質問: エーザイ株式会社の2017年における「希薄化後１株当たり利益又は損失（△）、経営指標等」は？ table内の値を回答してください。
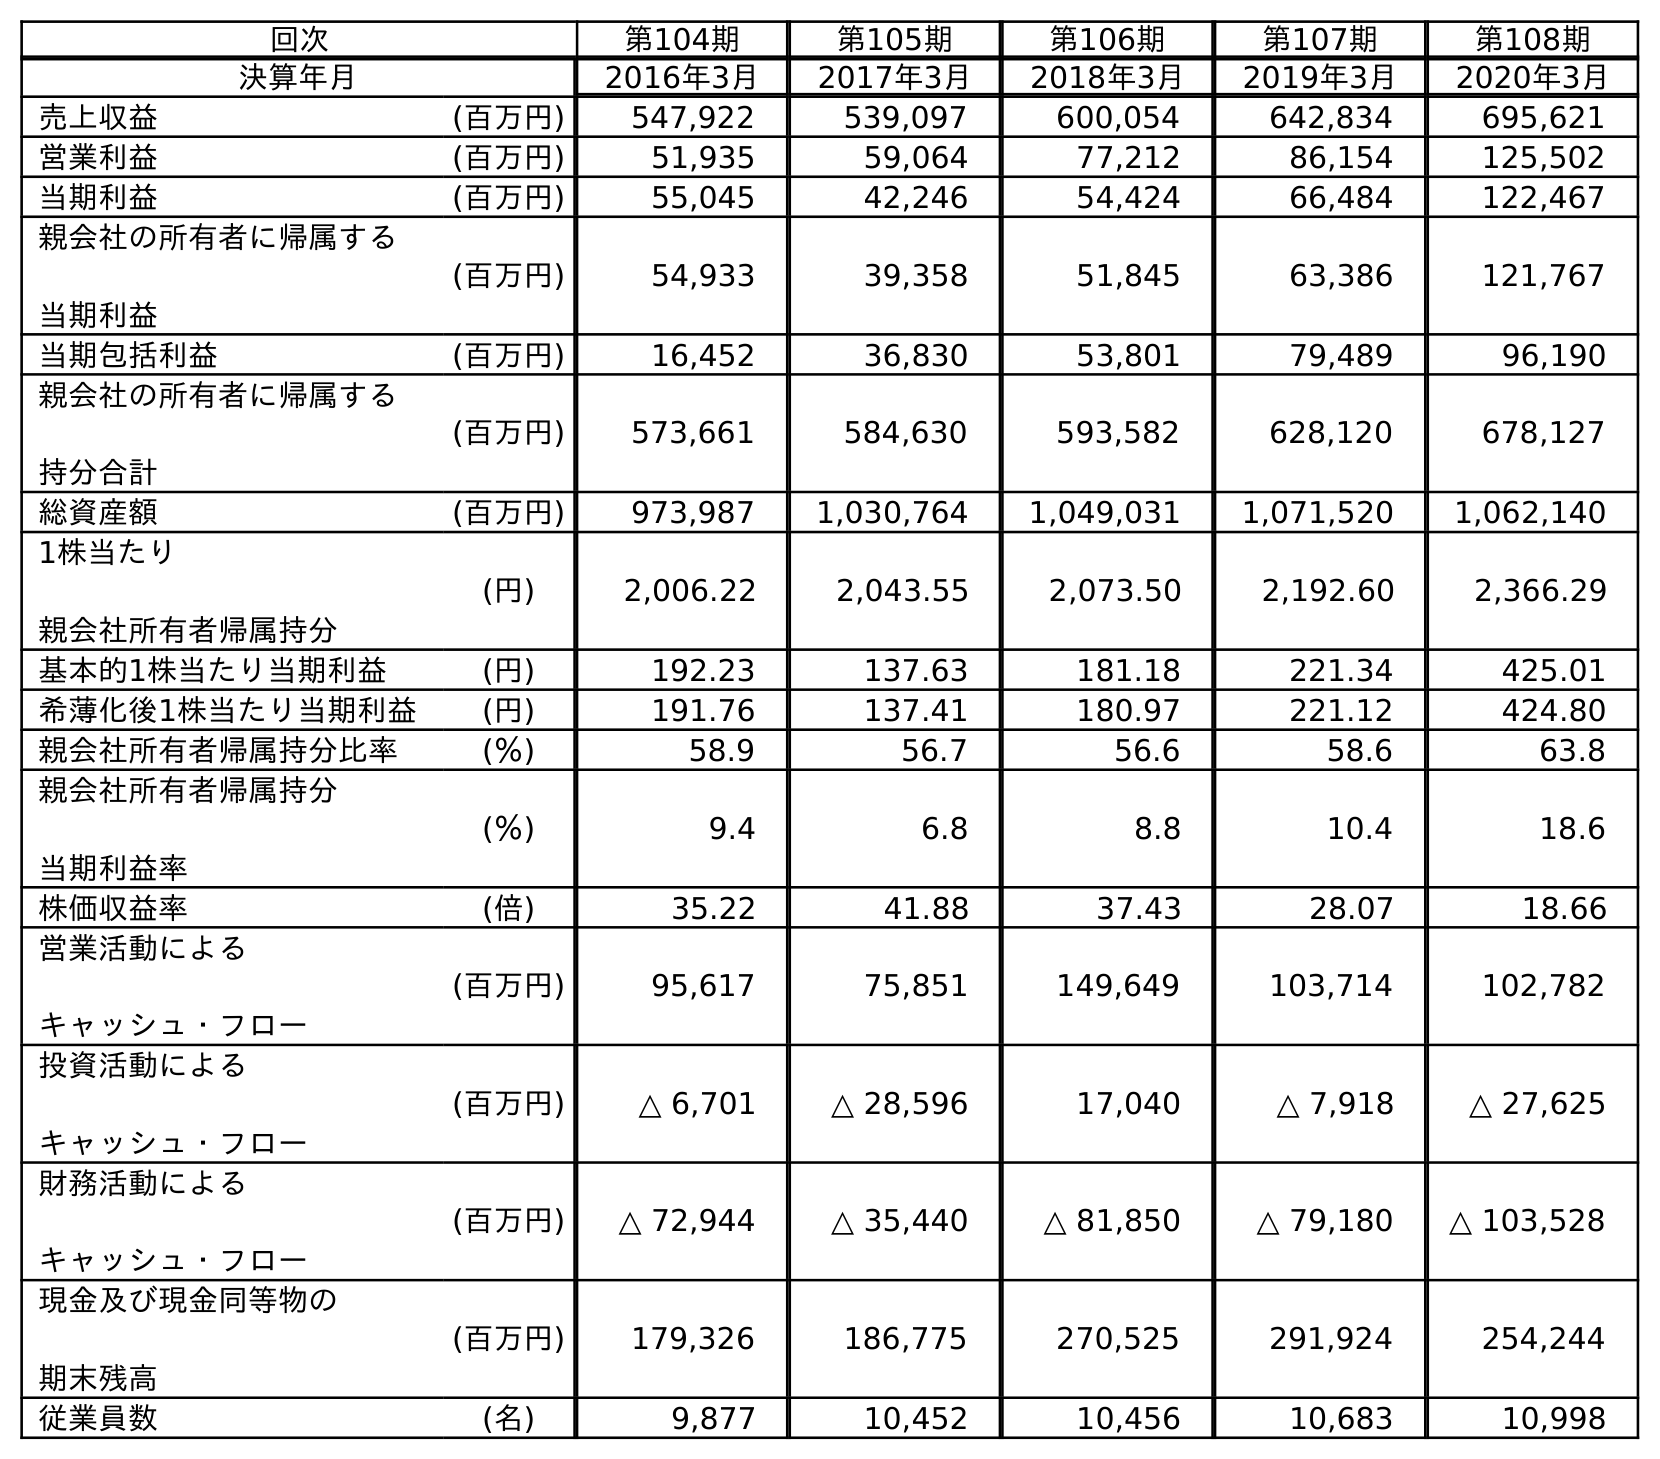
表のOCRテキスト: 回次 第104期 第105期 第106期 第107期 第108期 決算年月 2016年3月 2017年3月 2018年3月 2019年3月 2020年3月 売上収益 (百万円) 547,922 539,097 600,054 642,834 695,621 営業利益 (百万円) 51,935 59,064 77,212 86,154 125,502 当期利益 (百万円) 55,045 42,246 54,424 66,484 122,467 親会社の所有者に帰属する 当期利益 (百万円) 54,933 39,358 51,845 63,386 121,767 当期包括利益 (百万円) 16,452 36,830 53,801 79,489 96,190 親会社の所有者に帰属する 持分合計 (百万円) 573,661 584,630 593,582 628,120 678,127 総資産額 (百万円) 973,987 1,030,764 1,049,031 1,071,520 1,062,140 1株当たり 親会社所有者帰属持分 (円) 2,006.22 2,043.55 2,073.50 2,192.60 2,366.29 基本的1株当たり当期利益 (円) 192.23 137.63 181.18 221.34 425.01 希薄化後1株当たり当期利益 (円) 191.76 137.41 180.97 221.12 424.80 親会社所有者帰属持分比率 (％) 58.9 56.7 56.6 58.6 63.8 親会社所有者帰属持分 当期利益率 (％) 9.4 6.8 8.8 10.4 18.6 株価収益率 (倍) 35.22 41.88 37.43 28.07 18.66 営業活動による キャッシュ・フロー (百万円) 95,617 75,851 149,649 103,714 102,782 投資活動による キャッシュ・フロー (百万円) △ 6,701 △ 28,596 17,040 △ 7,918 △ 27,625 財務活動による キャッシュ・フロー (百万円) △ 72,944 △ 35,440 △ 81,850 △ 79,180 △ 103,528 現金及び現金同等物の 期末残高 (百万円) 179,326 186,775 270,525 291,924 254,244 従業員数 (名) 9,877 10,452 10,456 10,683 10,998
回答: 137.41